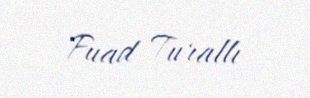
Fuad Turallı